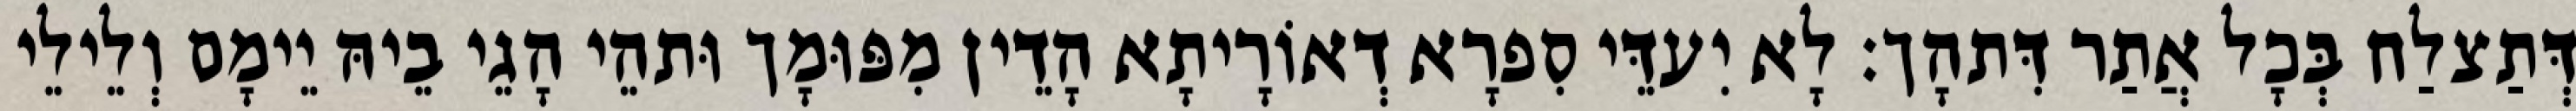
דְּתַצלַח בְּכָל אֲתַר דִּתהָך׃ לָא יִעדֵּי סִפרָא דְאוֹרָיתָא הָדֵין מִפּוּמָך וּתהֵי הָגֵי בֵיהּ יֵימָם וְלֵילֵי